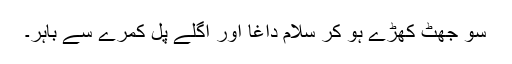
سو جھٹ کھڑے ہو کر سلام داغا اور اگلے پل کمرے سے باہر۔